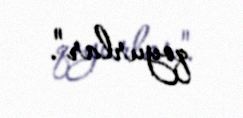
qoyurlar".